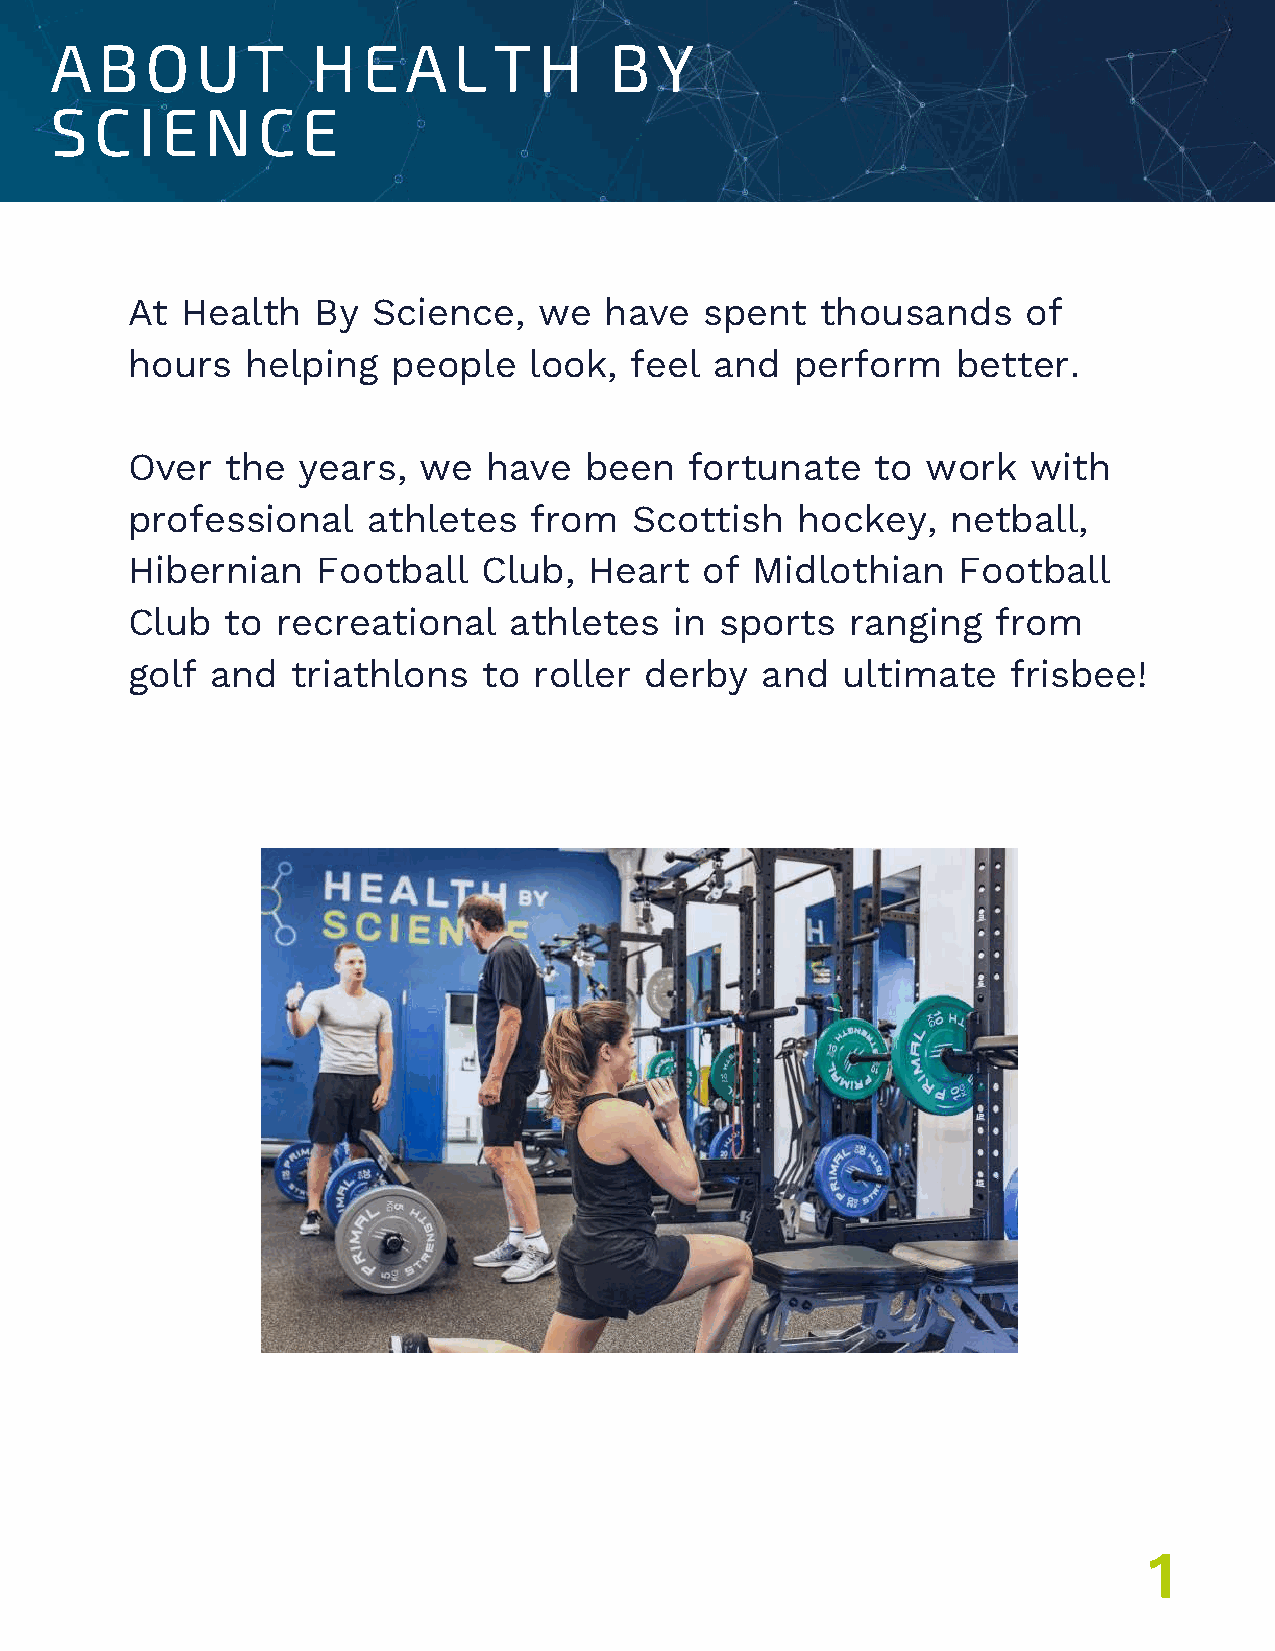
ABOUT             HEALTH             BY
 SCIENCE
 At  Health   By  Science,   we  have   spent  thousands     of
 hours   helping   people   look,  feel and   perform   better.
 Over   the  years,  we  have   been   fortunate   to work   with
 professional    athletes   from   Scottish   hockey,   netball,
 Hibernian    Football   Club,  Heart  of  Midlothian   Football
 Club   to recreational    athletes   in sports  ranging   from
 golf  and  triathlons   to roller  derby  and   ultimate   frisbee!
 1